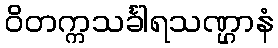
ဝိတက္ကသင်္ခါရသဏ္ဌာနံ